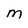
Character: M